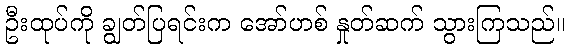
ဦးထုပ်ကို ချွတ်ပြရင်းက အော်ဟစ် နှုတ်ဆက် သွားကြသည်။